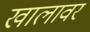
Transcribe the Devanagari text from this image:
खालावर